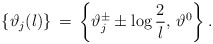
\begin{align*}\left\{ \vartheta _{j}(l)\right\} \, =\, \left\{ \vartheta _{j}^{\pm }\pm \log \displaystyle\frac{2}{l},\, \vartheta ^{0}\right\} .\end{align*}